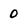
Character: 0